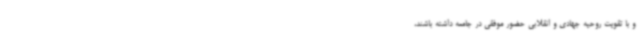
و با تقویت روحیه جهادی و انقلابی حضور موفقی در جامعه داشته باشند،